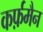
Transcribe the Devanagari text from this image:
कर्फ़मैन